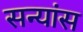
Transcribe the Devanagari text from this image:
सन्यांस